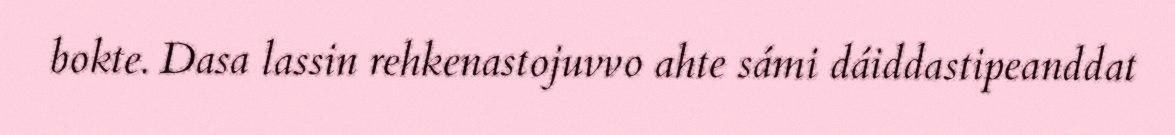
bokte. Dasa lassin rehkenastojuvvo ahte sámi dáiddastipeanddat